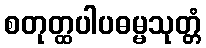
စတုတ္ထပါပဓမ္မသုတ္တံ